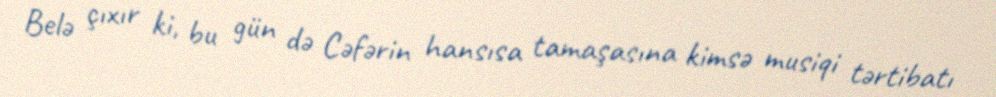
Belə çıxır ki, bu gün də Cəfərin hansısa tamaşasına kimsə musiqi tərtibatı